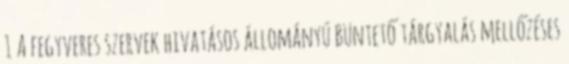
1 A fegyveres szervek hivatásos állományú Büntető tárgyalás mellőzéses